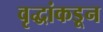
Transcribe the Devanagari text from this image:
वृद्धांकडून